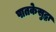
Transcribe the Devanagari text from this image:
पातकेसुद्धा